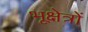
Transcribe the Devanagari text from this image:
भूक्षेत्रों